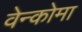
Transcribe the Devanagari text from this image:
वेन्कोमा